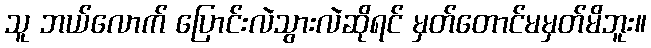
သူ ဘယ်လောက် ပြောင်းလဲသွားလဲဆိုရင် မှတ်တောင်မမှတ်မိဘူး။